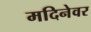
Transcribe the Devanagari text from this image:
मदिनेवर